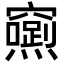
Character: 𮄢